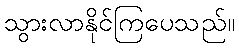
သွားလာနိုင်ကြပေသည်။